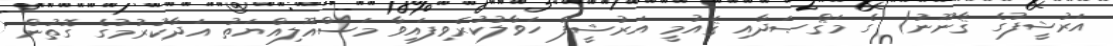
އަރުޝީފުގެ ޤާނޫނު) ގެ މަޤްޞަދާއި ޤައުމީ އަރުޝީފާ ހަވާލުކުރެވިފައިވާ މަސްއޫލިއްޔަތު އަދާކުރުމުގެ ގޮތުން